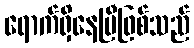
ရောက်ရှိနေပြီဖြစ်သည်